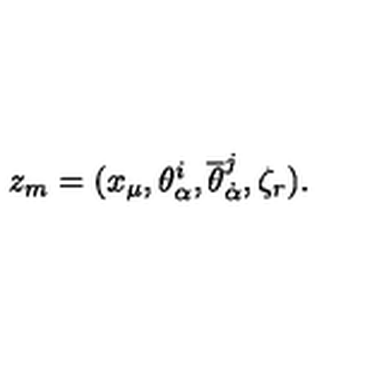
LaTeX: z _ { m } = ( x _ { \mu } , \theta _ { \alpha } ^ { i } , { \overline { \theta } } _ { \dot { \alpha } } ^ { j } , \zeta _ { r } ) .